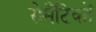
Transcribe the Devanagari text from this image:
रोमैंटिकों